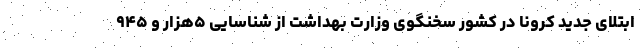
ابتلای جدید کرونا در کشور سخنگوی وزارت بهداشت از شناسایی ۵هزار و ۹۴۵